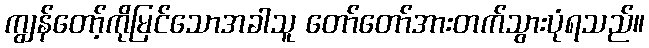
ကျွန်တော့်ကိုမြင်သောအခါသူ တော်တော်အားတက်သွားပုံရသည်။